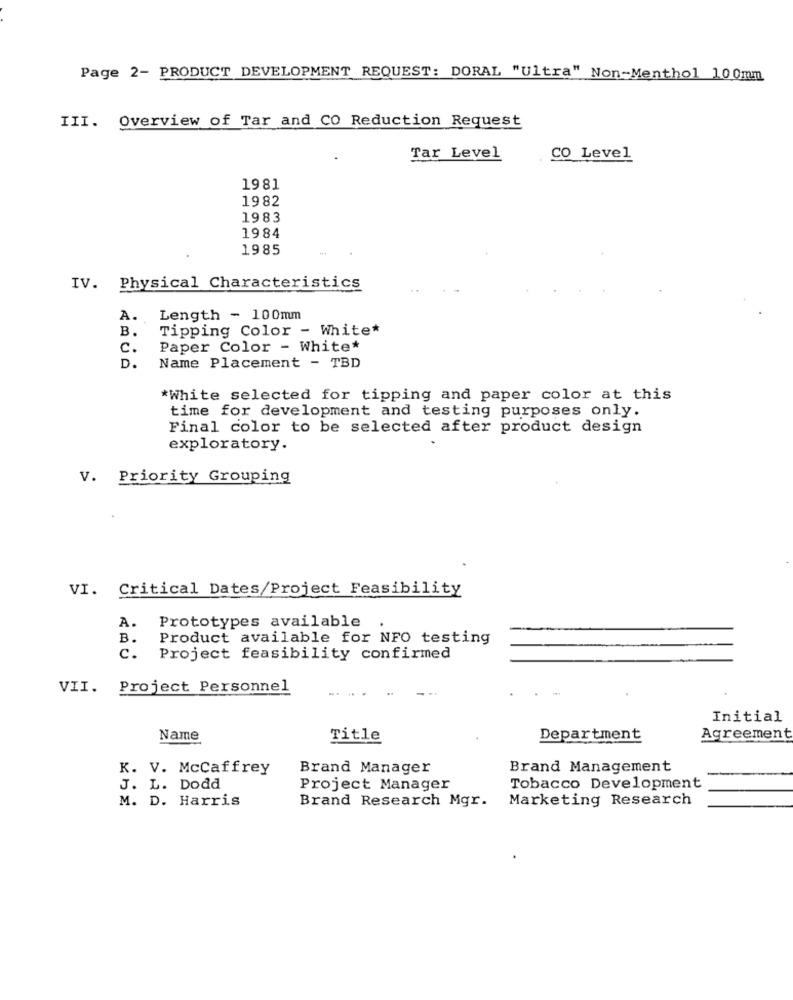
Page 2- PRODUCT DEVELOPMENT REQUEST: DORAL "Ultra" Non-Menthol 100mm
III. Overview of Tar and CO Reduction Request
Tar Level
CO Level
1981
1982
1983
1984
1985
IV. Physical Characteristics
A.
Length - 100mm
B.
Tipping Color - White*
c.
Paper Color - White*
D.
Name Placement - TBD
*White selected for tipping and paper color at this
time for development and testing purposes only.
Final color to be selected after product design
exploratory.
V. Priority Grouping
VI. Critical Dates/Project Feasibility
A.
Prototypes available .
B.
Product available for NFO testing
c.
Project feasibility confirmed
VII. Project Personnel
Initial
Name
Title
Department
Agreement
K. V. McCaffrey
Brand Manager
Brand Management
J. L. Dodd
Project Manager
Tobacco Development
M. D. Harris
Brand Research Mgr.
Marketing Research